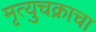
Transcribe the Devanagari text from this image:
मृत्युचक्राचा